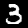
Label: 3